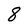
Character: 8